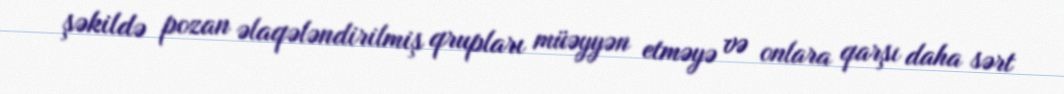
şəkildə pozan əlaqələndirilmiş qrupları müəyyən etməyə və onlara qarşı daha sərt